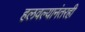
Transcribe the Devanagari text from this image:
हलवल्यानंतरही